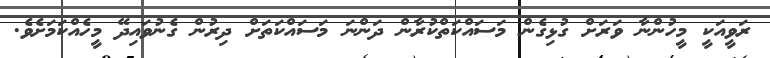
ރަވީއަކީ މީހުންނާ ވަރަށް ގުޅިގެން މަސައްކަތްކުރާން ދަންނަ މަސައްކަތަށް ދިރުން ގެނުވައިދޭ މީހެއްކަމަށެވެ.